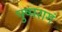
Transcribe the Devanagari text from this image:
पुष्परागं